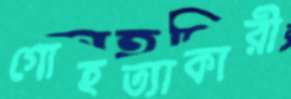
গোহত্যাকারী